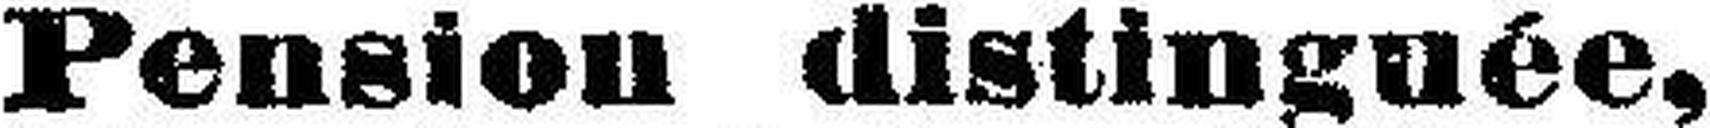
Pension distinguée,